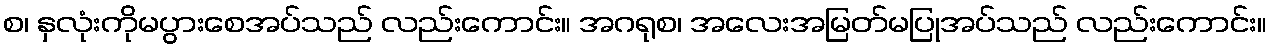
စ၊ နှလုံးကိုမပွားစေအပ်သည် လည်းကောင်း။ အဂရုစ၊ အလေးအမြတ်မပြုအပ်သည် လည်းကောင်း။